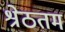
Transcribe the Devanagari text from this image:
श्रेठतम